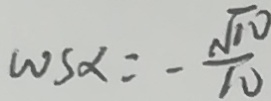
\cos \alpha = - \frac { \sqrt { 1 0 } } { 1 0 }